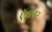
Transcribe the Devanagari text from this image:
ऍड्लर